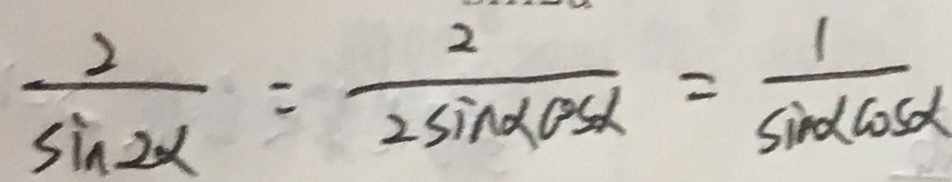
\frac { 2 } { \sin 2 \alpha } = \frac { 2 } { 2 \sin \alpha \cos \alpha } = \frac { 1 } { \sin \alpha \cos \alpha }